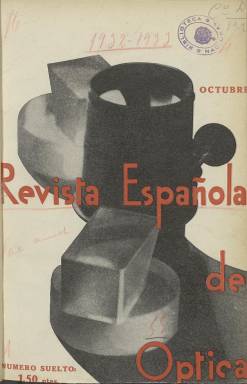
Título: Revista española de óptica
Colección: Ciencias
Ámbito geográfico: Madrid
Lugar de publicación: Madrid
Fechas: 01/10/1932-30/06/1936

Faltan cubiertas de la mayoría de los ejemplares.